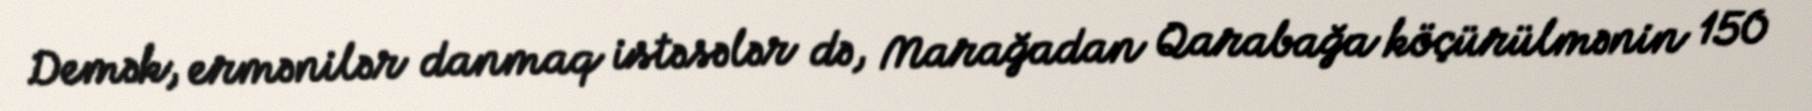
Demək, ermənilər danmaq istəsələr də, Marağadan Qarabağa köçürülmənin 150